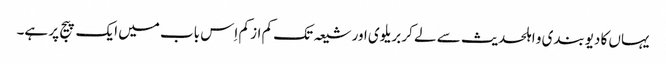
یہاں کا دیوبندی و اہلحدیث سے لے کر بریلوی اور شیعہ تک کم از کم اِس باب میں ایک پیج پر ہے۔